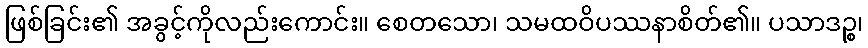
ဖြစ်ခြင်း၏ အခွင့်ကိုလည်းကောင်း။ စေတသော၊ သမထဝိပဿနာစိတ်၏။ ပသာဒဉ္စ၊